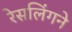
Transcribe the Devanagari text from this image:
रेसलिंगने